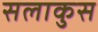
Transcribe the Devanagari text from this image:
सलाकुस